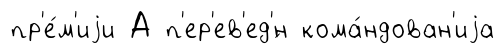
пр'е́м'иjи А п'ер'ев'ед'́н кома́ндован'иjа